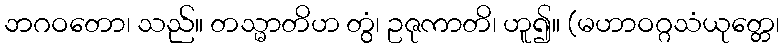
ဘဂဝတော၊ သည်။ တသ္မာတိဟ တွံ၊ ဥဇုကာတိ၊ ဟူ၍။ (မဟာဝဂ္ဂသံယုတ္တေ၊